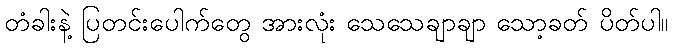
တံခါးနဲ့ ပြတင်းပေါက်တွေ အားလုံး သေသေချာချာ သော့ခတ် ပိတ်ပါ။